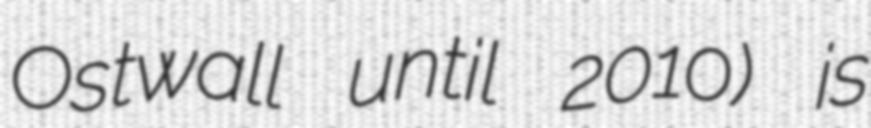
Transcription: Ostwall until 2010) is